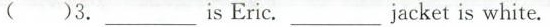
( )3. ___ is Eric. ___ jacket is white.